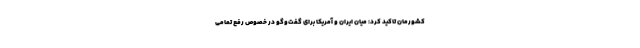
کشورمان تاکید کرد: میان ایران و آمریکا برای گفت‌وگو در خصوص رفع تمامی